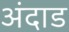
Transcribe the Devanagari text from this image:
अंदाड